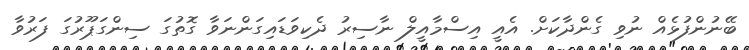
ބޭނުންފުޅެއް ނުވި ގެންދާކަށް. އެއީ އިސްމާއީލް ނާސިރު ދެކިވަޑައިގަންނަވާ ގޮތުގަ ސިންގަޕޫރުގަ ފަރުވާ